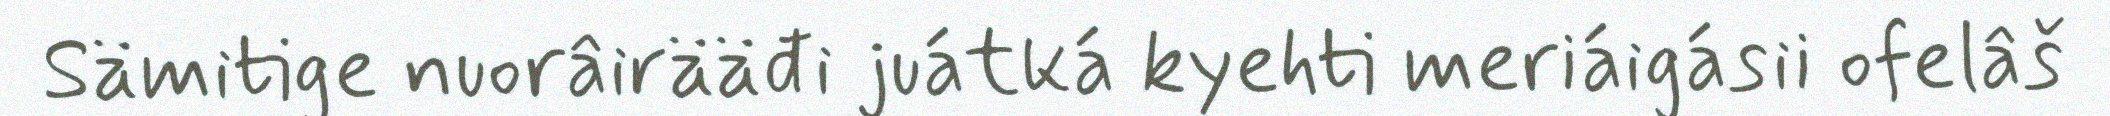
Sämitige nuorâirääđi juátká kyehti meriáigásii ofelâš